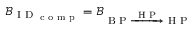
\mathcal { B } _ { \textrm { I D } _ { \textrm { c o m p } } } = \mathcal { B } _ { \textrm { B P } \xrightarrow { \textrm { H P } } \textrm { H P } }